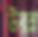
উরম্ন